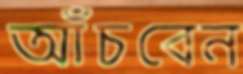
আঁচবেন